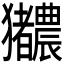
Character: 𬍎